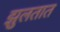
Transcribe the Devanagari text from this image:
झुलतात